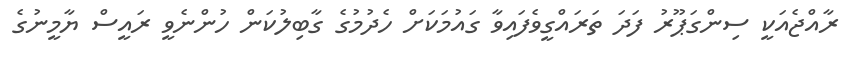
ރާއްޖެއަކީ ސިންގަޕޫރު ފަދަ ތަރައްގީވެފައިވާ ގައުމަކަށް ހެދުމުގެ ގާބިލުކަން ހުންނެވީ ރައީސް ޔާމީނުގެ